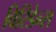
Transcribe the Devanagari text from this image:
विरिडेन्स